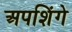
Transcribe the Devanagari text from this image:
अपशिंगे